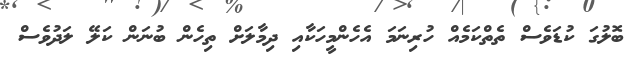
ބޮލުގަ ކުޑަވެސް ތެތްކަމެއް ހުރިނަމަ އެހެންމީހަކާއި ދިމާލަށް ތިހެން ބުނަން ކަލޭ ލަދުވެސް